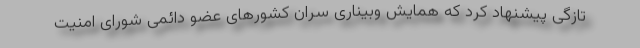
تازگی پیشنهاد کرد که همایش وبیناری سران کشورهای عضو دائمی شورای امنیت